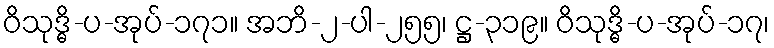
ဝိသုဒ္ဓိ-ပ-အုပ်-၁၇၁။ အဘိ-၂-ပါ-၂၅၅၊ ဋ္ဌ-၃၁၉။ ဝိသုဒ္ဓိ-ပ-အုပ်-၁၇၊